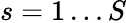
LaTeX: s=1\dots S